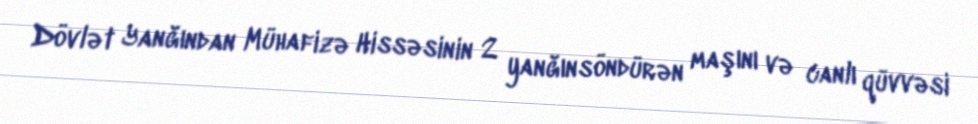
Dövlət Yanğından Mühafizə Hissəsinin 2 yanğınsöndürən maşını və canlı qüvvəsi